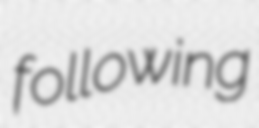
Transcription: following